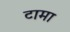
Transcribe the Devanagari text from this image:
टामा